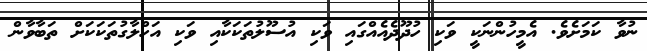
ނުވާ ކަމަށެވެ. އެމީހުންނަކީ ވަކި ހުދޫދެއެއްގައި ވަކި އުސޫލުތަކަކާއި ވަކި އަހްލާގުތަކަކަށް ތަބާވާން